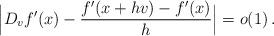
LaTeX: \begin{align*}\Big| D_vf'(x) - \frac{f'(x+hv)-f'(x)}{h} \Big| = o(1)\, .\end{align*}